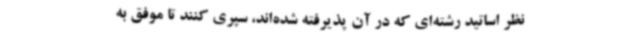
نظر اساتید رشته‌ای که در آن پذیرفته شده‌اند، سپری کنند تا موفق به